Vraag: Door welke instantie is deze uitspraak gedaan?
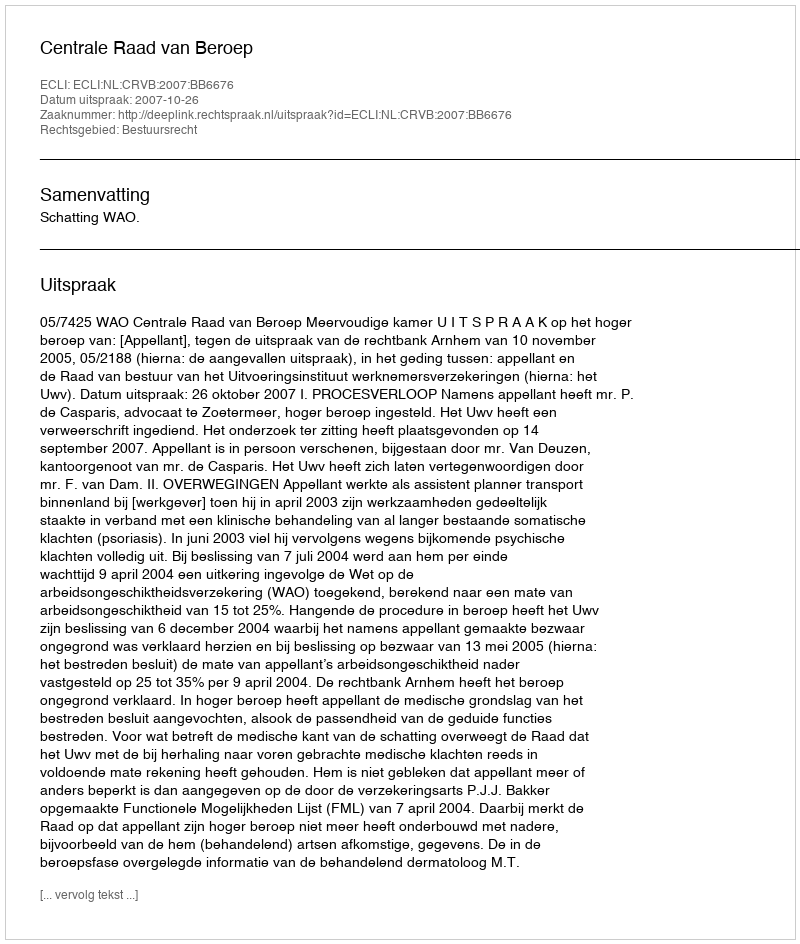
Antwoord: Centrale Raad van Beroep